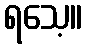
ရသေ့။